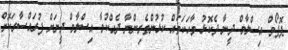
ޕޮޕޯވް އިސްލާމް ދީނާ ދެކޮޅު ވާހަކަތައް ކުޅުންތެރިންނާ ދެއްކުމާ އިސްލާމް ދީނަށް ފުރައްސާރަކޮށް